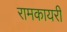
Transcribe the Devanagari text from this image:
रामकायरी